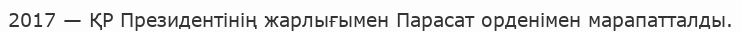
2017 — ҚР Президентінің жарлығымен Парасат орденімен марапатталды.